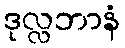
ဒုလ္လဘာနံ